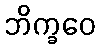
ဘိက္ခဝေ